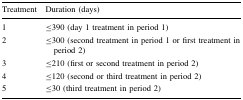
<table><thead><tr><td><b>Treatment</b></td><td><b>Duration (days)</b></td></tr></thead><tbody><tr><td>1</td><td>≤390 (day 1 treatment in period 1)</td></tr><tr><td>2</td><td>≤300 (second treatment in period 1 or first treatment in period 2)</td></tr><tr><td>3</td><td>≤210 (first or second treatment in period 2)</td></tr><tr><td>4</td><td>≤120 (second or third treatment in period 2)</td></tr><tr><td>5</td><td>≤30 (third treatment in period 2)</td></tr></tbody></table>